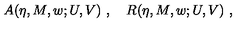
A ( \eta , M , w ; U , V ) \ , \quad R ( \eta , M , w ; U , V ) \ ,